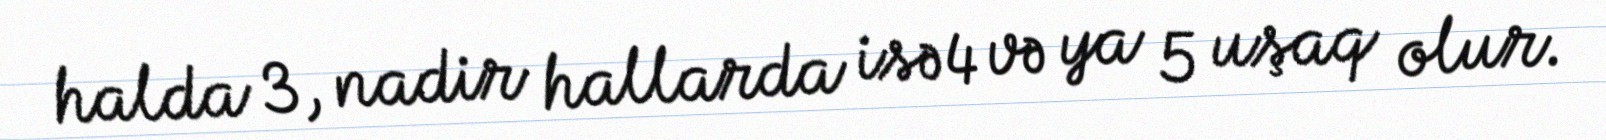
halda 3, nadir hallarda isə 4 və ya 5 uşaq olur.